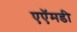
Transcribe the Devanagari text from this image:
एऍमडी